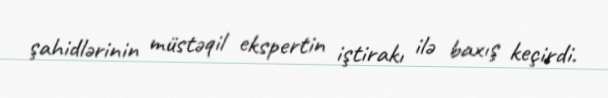
şahidlərinin müstəqil ekspertin iştirakı ilə baxış keçirdi.